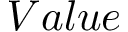
V a l u e